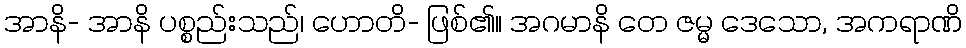
အာနိ- အာနိ ပစ္စည်းသည်၊ ဟောတိ- ဖြစ်၏။ အဂမာနိ တေ ဇမ္မ ဒေသော, အကရာဏိ